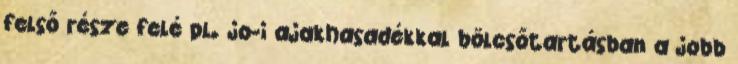
felső része felé pl. jo-i ajakhasadékkal bölcsőtartásban a jobb